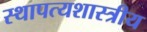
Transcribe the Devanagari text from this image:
स्थापत्यशास्त्रीय